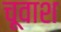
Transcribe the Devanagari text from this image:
चूवाश